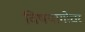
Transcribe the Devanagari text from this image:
विषयागोचर